Problem: 10 × 7 = ?
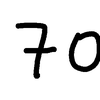
Handwritten answer: 70